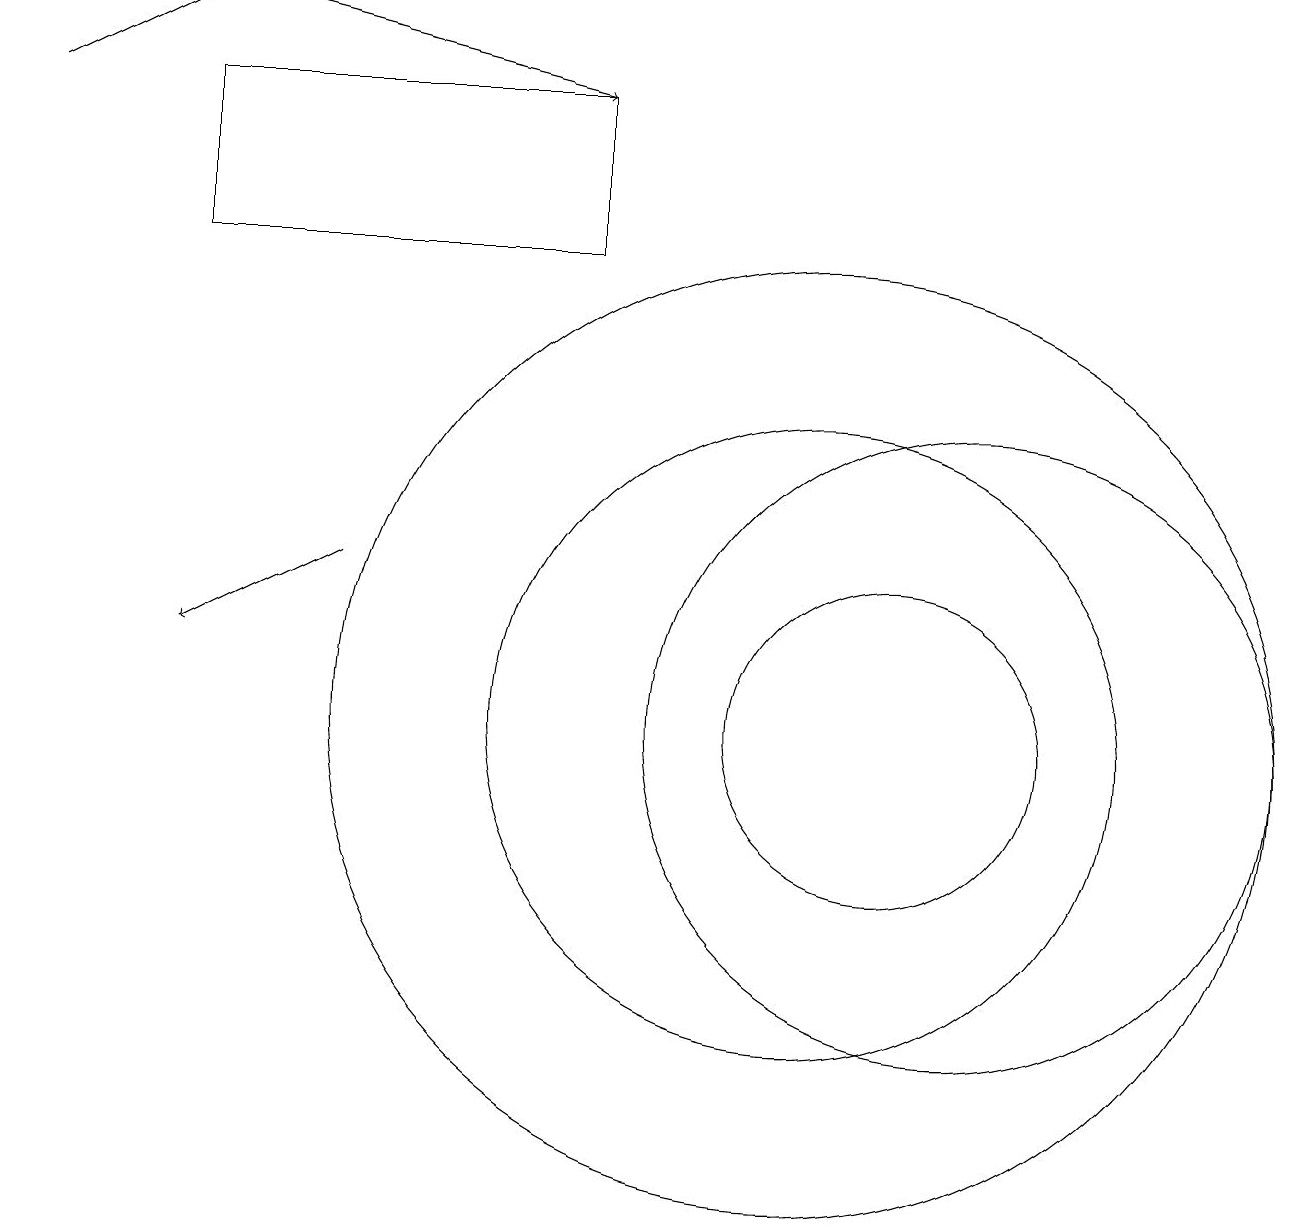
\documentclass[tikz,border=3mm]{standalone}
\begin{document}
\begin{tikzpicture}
\draw (12,10) circle (4);
\draw[->] (3,19) -- (7,18);
\draw (10,10) circle (4);
\draw[->] (0,18) -- (2,19);
\draw (10,10) circle (6);
\draw (11,10) circle (2);
\draw[->] (4,12) -- (2,11);
\draw (2,18) rectangle (7,16);
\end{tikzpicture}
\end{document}